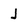
Character: J